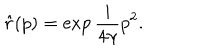
\hat { r } ( p ) = \exp { \frac { i } { 4 \gamma } p ^ { 2 } } .